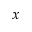
x